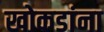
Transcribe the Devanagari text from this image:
खोकडांना